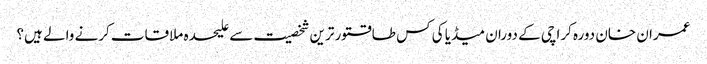
عمران خان دورہ کراچی کے دوران میڈیا کی کس طاقتور ترین شخصیت سے علیحدہ ملاقات کرنے والے ہیں؟